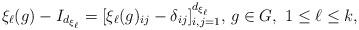
LaTeX: \begin{align*} \xi_{\ell}(g)-I_{d_{\xi_{\ell}}}=[\xi_{\ell}(g)_{ij}-\delta_{ij}]_{i,j=1}^{d_{\xi_\ell}},\, g\in G, \,\,1\leq \ell\leq k,\end{align*}